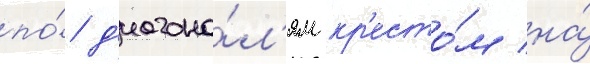
по́ д'иагона́л'ям кр'есто́м на́